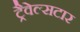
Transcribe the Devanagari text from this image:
ट्रैवेल्सटार